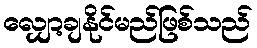
လျှော့ချနိုင်မည်ဖြစ်သည်